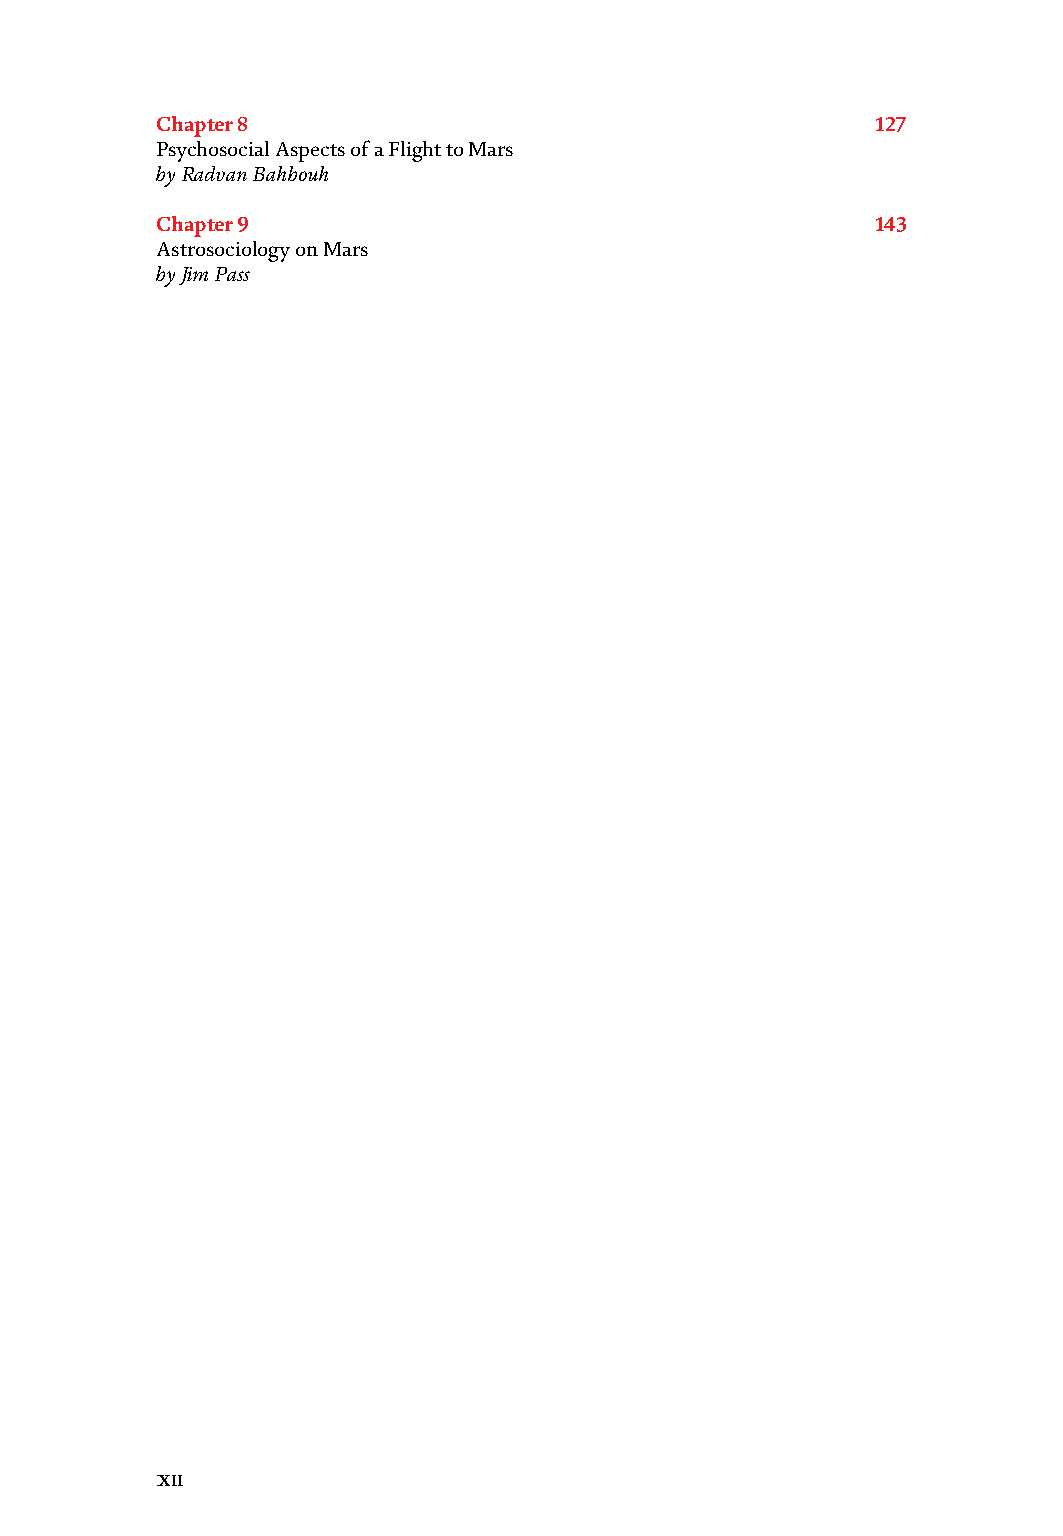
Preface
 Chapter 8                                       127
 Psychosocial Aspects of a Flight to Mars
 by Radvan Bahbouh
 Chapter 9                                       143
 Astrosociology on Mars
 by Jim Pass
 Mars exploration plays a fundamental role in space programs worldwide. More than
 50 years after the Mariner 4 spacecraft flyby mission on 15 July 1965, the red planet
 still represents the next frontier of extra-terrestrial space exploration programs.
 To date, several space agencies all over the world have sent spacecraft to Mars, but
 only two countries have accomplished successful landings. The Soviet Union landed
 on Mars for the first time in history with the Mars 3 and Mars 6 landings in 1971 and
 1973, respectively. Since then, there have been eight successful United States Mars
 landings, namely Viking 1 and Viking 2 (both 1976), Pathfinder (1997), Spirit and
 Opportunity (both 2004), Phoenix (2008), Curiosity (2012), and InSight (2018).
 Other countries have sent or aim to send spacecraft towards the red planet in the
 near future, including Europe, Japan, United Arabs Emirates, India, and China.
 For instance, there are three missions leaving for Mars within ten days at the end of
 July 2020. They are, in the order of launch, Hope of Emirates (July 20), Tianwen-1
 of China (July 23), and Mars 2020 of Nasa (July 30).
 However, sending a spacecraft to Mars demands huge efforts from both scientific
 and engineering points of view. Several issues must be addressed, including space
 probe design, launch, interplanetary journey, approach, entry and descent flights,
 and landing when a rover is present.
 The next goal is to send human missions to Mars. Proposals for crewed exploration
 have been made throughout the history of space exploration; this has been an
 aspiration since the earliest days of space science.
 This book contains three sections covering Missions to Mars, In Situ Operations,
 and Human - Rated Missions. Each section contains valuable contributions focusing
 on several mission design issues. Topics covered include discussion of psychological
 effects related with human-rated missions. The information contained herein will
 allow for the development of safe and efficient exploration missions to Mars.
 In this framework, the aim of the book is to support industries, research centers, and
 space agencies in their own design and development of next-generation missions
 to Mars. Therefore, this book is recommended for both students and research
 engineers involved in all design phases typical for exploration missions to Mars.
 Giuseppe Pezzella and Antonio Viviani
 Professor,
 Department of Engineering,
 University of Campania “L. Vanvitelli”,
 Aversa, Italy
 IXIII